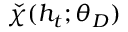
\check { \chi } ( h _ { t } ; \theta _ { D } )